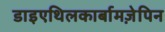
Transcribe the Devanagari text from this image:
डाइएथिलकार्बामज़ेपिन